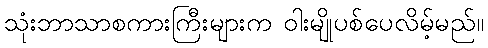
သုံးဘာသာစကားကြီးများက ဝါးမျိုပစ်ပေလိမ့်မည်။